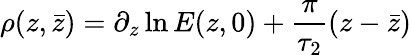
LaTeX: \rho(z,\bar{z})=\partial_{z}\ln{E(z,0)}+\frac{\pi}{\tau_{2}}(z-\bar{z})